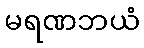
မရဏဘယံ